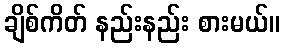
ချိစ်ကိတ် နည်းနည်း စားမယ်။